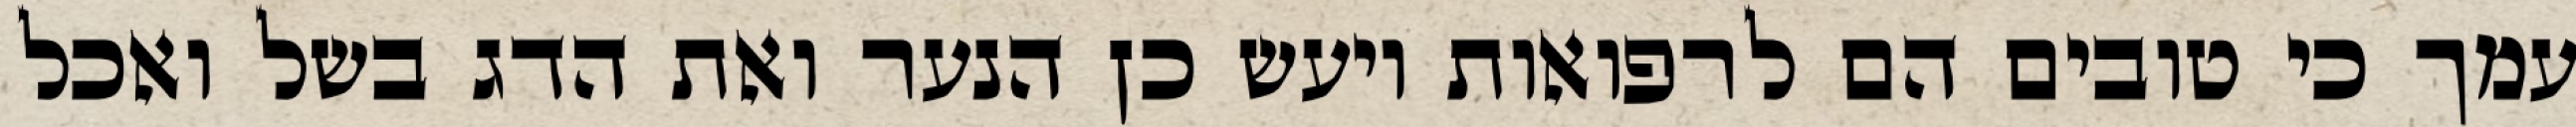
עמך כי טובים הם לרפואות ויעש כן הנער ואת הדג בשל ואכל